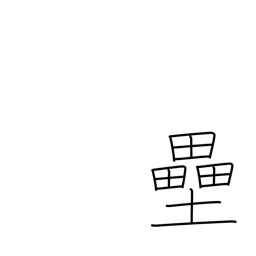
Meaning: base(ball)